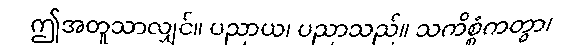
ဤအတူသာလျှင်။ ပညာယ၊ ပညာသည်။ သကိစ္စံကတွာ၊